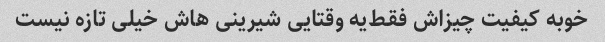
خوبه کیفیت چیزاش فقط‌یه وقتایی شیرینی هاش خیلی تازه نیست